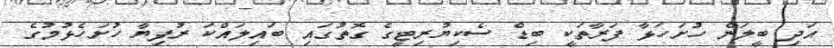
އަދި ބީލަން ހުށަހަޅާ ފަރާތަކީ ބިޑް ސެކިޔުރިޓީގެ ގޮތުގައި ބައިލައްކަ ރުފިޔާ ހުށަހެޅުމުގެ